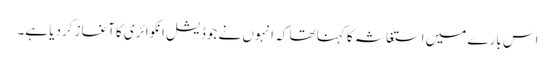
اس بارے میں استغاثہ کا کہنا تھا کہ انہوں نے جوڈیشل انکوائری کا آغاز کردیا ہے۔